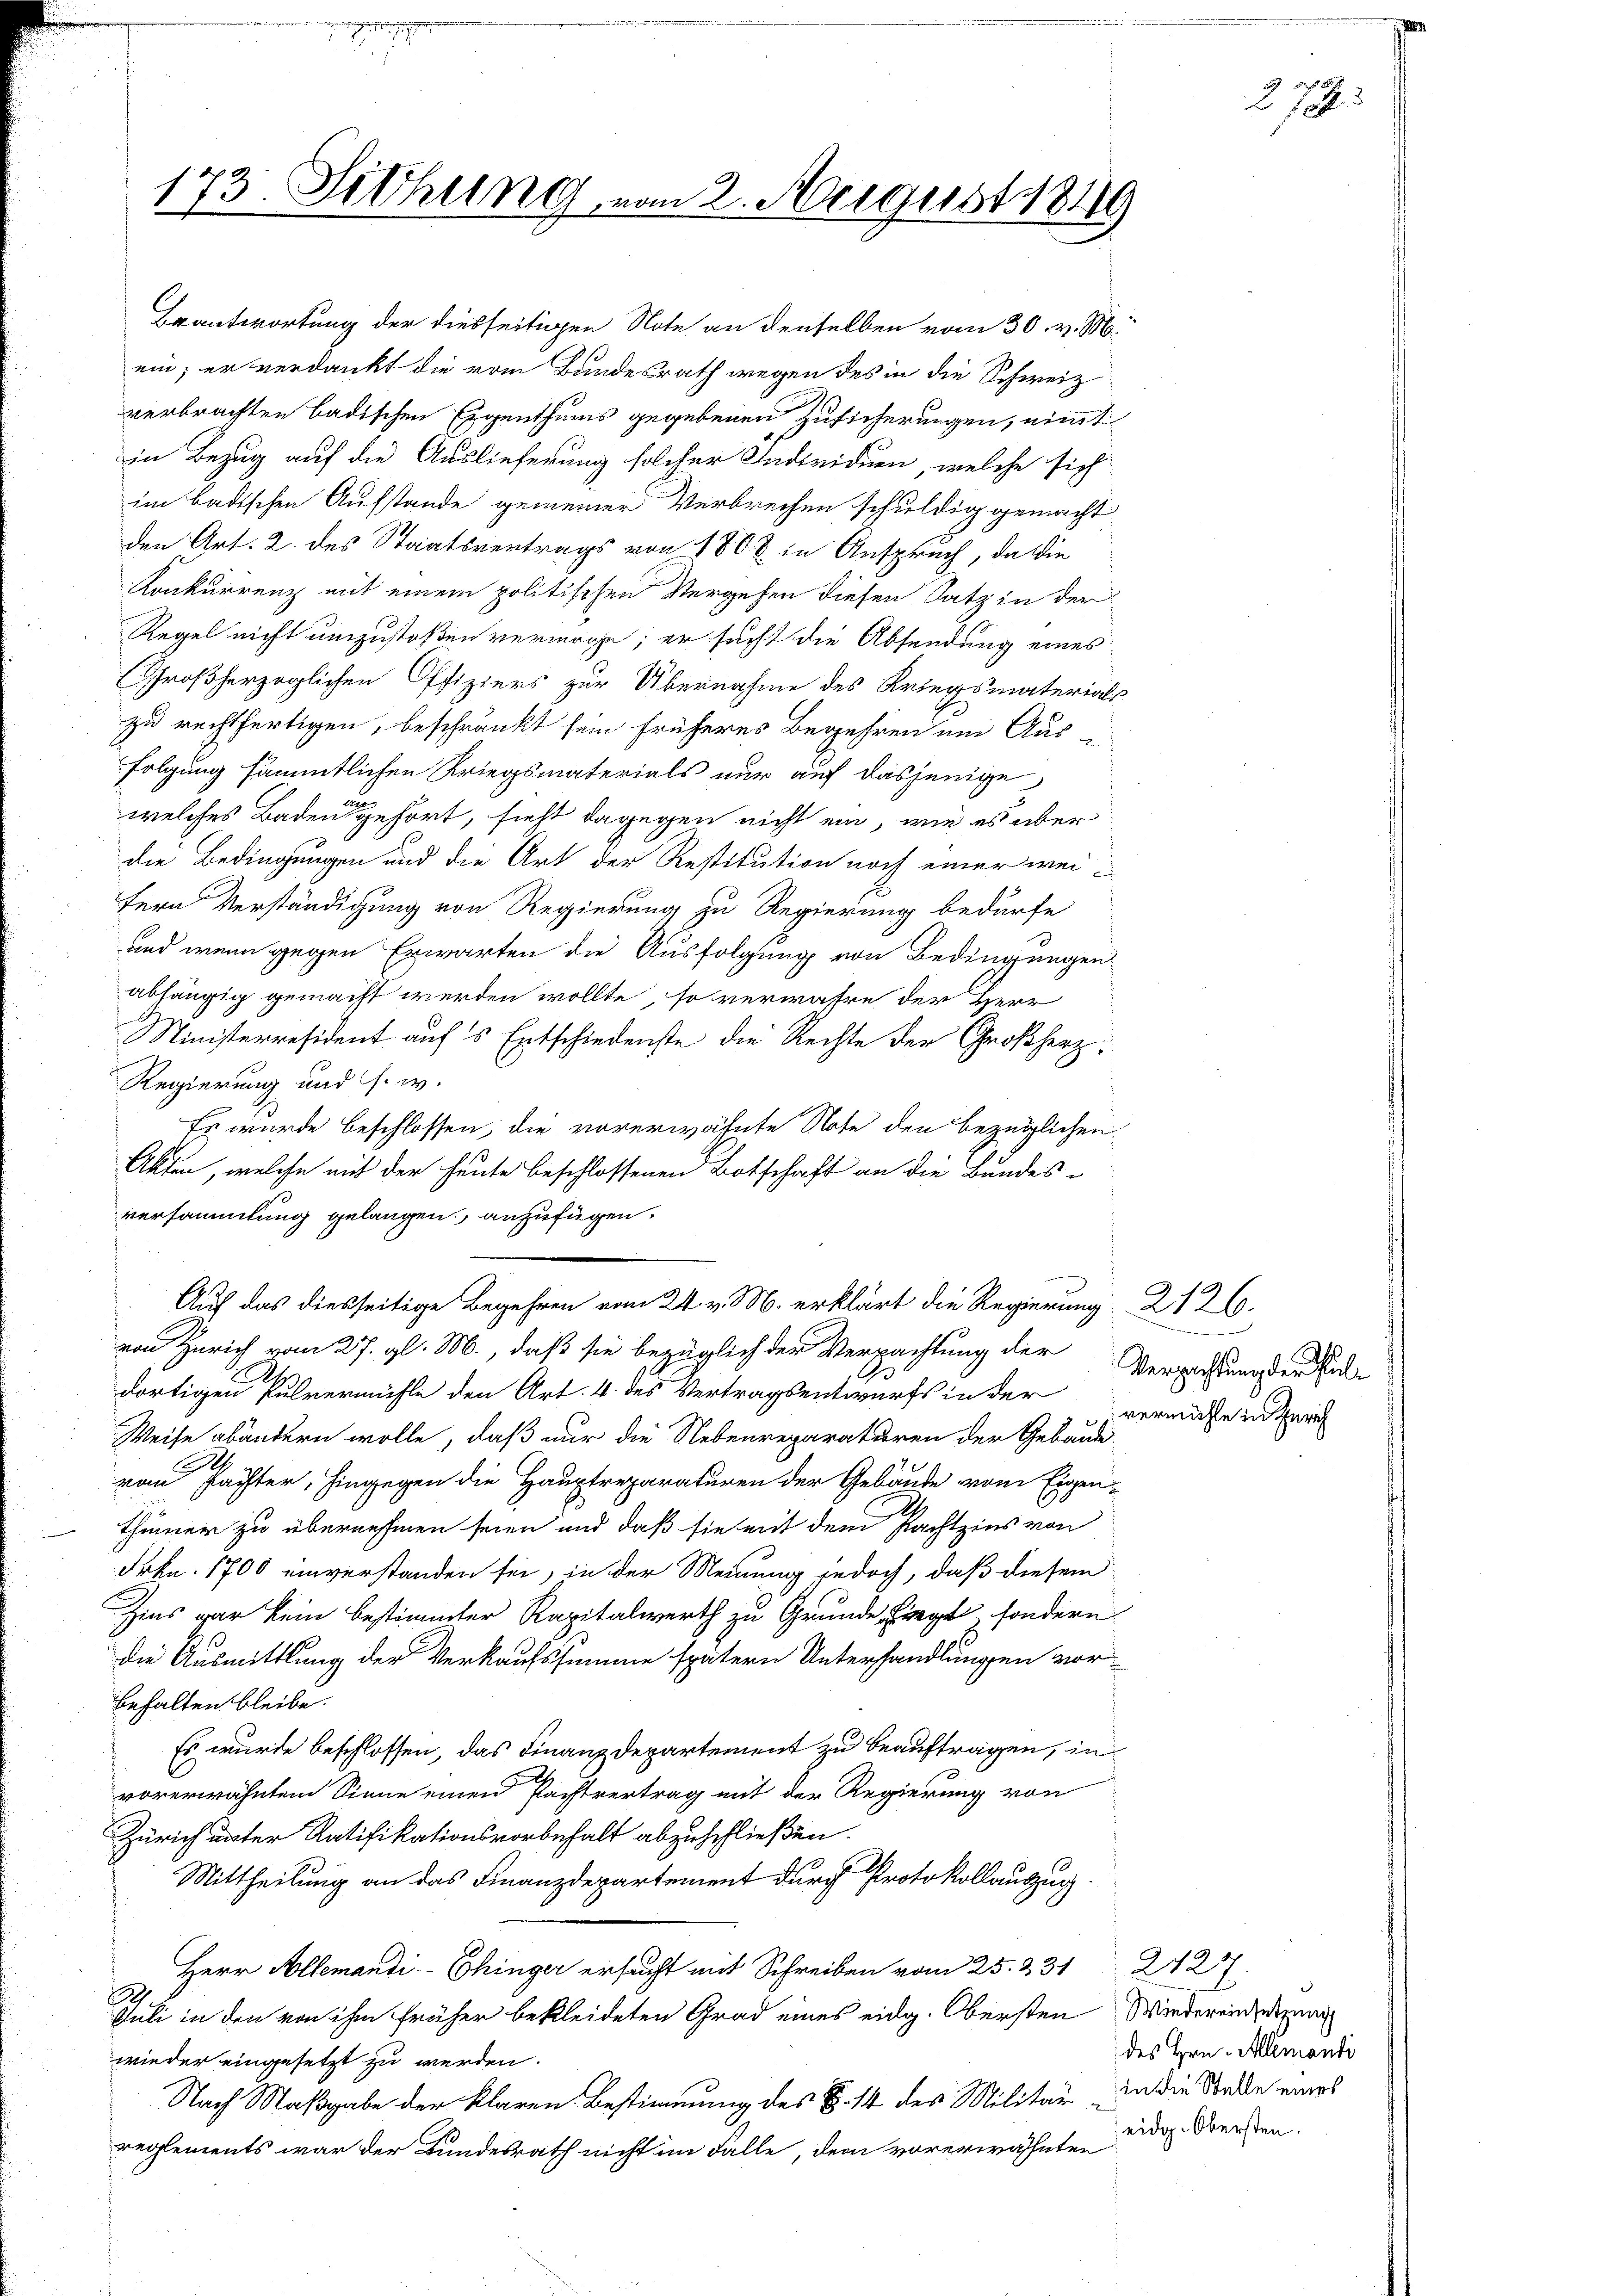
173. Sitzung vom 2. August 1816.

den Art. 2. des Staatsvertrags von 1862 in Anspruch, da die
Konkurrenz mit einem politischen Vergehen diesen Satz in der
Regel nicht umzustoßen vermöge; er sucht die Absendung eines
Großherzoglichen Offiziers zur Übernahme des Kriegsmaterials
zu rechtfertigen, beschränkt sein früheres Begehren und Aus-
folgung sämmtlichen Kriegsmaterials nur auf dasjenige
welches Baden gehört, sieht dagegen nicht ein, wie es über
die Bedingungen und die Art der Restitution noch einer weifern Verständigung von Regierung zu Regierung bedürfe
und wenn gegen Erwarten die Ausfolgung von Bedingungen
abhängig gemacht werden wollte, so verwahre der Herr
Ministerresident auf's Entschiedenste die Rechte der Großherz¬
Regierung und s. w.
Es wurde beschlossen; die vorerwähnte Note den bezüglichen
Akten, welche mit der heute beschlossenen Botschaft an die Bundes-
versammlung gelangen, anzufügen.
Auf das diesseitige Begehren vom 24. v. M. erklärt die Regierung 2126.
von Zürich vom 27. gl. M., daß sie bezüglich der Verpachtung der
2
dortigen Pulvermühle den Art. 4 des Vertragsentwurfs in der vermute in Geri
Weise abändern wolle, daß nur die Nebenreparaturen der Gebäude-
vom Pächter, hingegen die Hauptreparaturen der Gebäude vom Eigen-
thümer zu übernehmen seien und daß sie mit dem Pachtzins von
Frkn. 1700 einverstanden sei, in der Meinung jedoch, daß diesem
Zins gar kein bestimmter Kapitalwerth zu Grunde fiegt, sondern
die Ausmittlung der Verkaufssumme spätern Unterhandlungen vor-
behalten bleibe.
Es wurde beschlossen, das Finanzdepartement zu beauftragen, in
vorerwähntem Sinne einen Pachtvertrag mit der Regierung von
Zürich unter Ratifikationsvorbehalt abzuschließen.
Mittheilung an das Finanzdepartement durch Protokollauszug
Herr Allemand Schren 25. 231 2427
.
Juli in den von ihm früher bekleideten Grad eines eidg. Obersten Wiederenderung
wieder eingesetzt zu werden.
Nach Maßgabe der klaren Bestimmung des §. 14 des Militär in die Stalle eines
reglements war der Bundesrath nicht im Falle, dem vorerwähnten

Brantwortung der diesseitigen Note an denselben vom 30. v. M.
ein; er verdankt die vom Bundesrath wegen des in die Schweiz
verbrachten badischen Eigenthums gegebenen Zusicherungen, eint
in Bezug auf die Auslieferung solcher Individuen, welche sich
im badischen Aufstande gemeiner Verbrechen schuldig gemacht

Versachtung der Pul¬

des Hrn. Alemanti
eidg. Obersten.

272